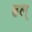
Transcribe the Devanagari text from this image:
ढल्